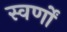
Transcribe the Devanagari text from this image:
स्वर्णों